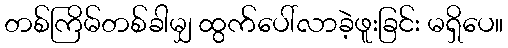
တစ်ကြိမ်တစ်ခါမျှ ထွက်ပေါ်လာခဲ့ဖူးခြင်း မရှိပေ။